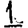
Digit: 1